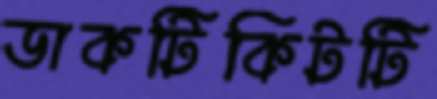
ডাকটিকিটটি